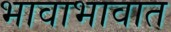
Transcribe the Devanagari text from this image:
भावाभावात